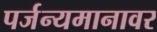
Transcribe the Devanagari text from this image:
पर्जन्यमानावर